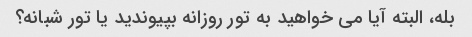
بله، البته آیا می خواهید به تور روزانه بپیوندید یا تور شبانه؟